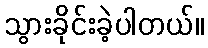
သွားခိုင်းခဲ့ပါတယ်။